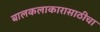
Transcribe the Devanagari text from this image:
बालकलाकारासाठीचा